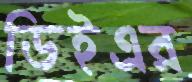
ডিইএর